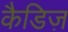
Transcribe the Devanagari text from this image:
कैडिज़